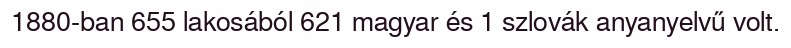
1880-ban 655 lakosából 621 magyar és 1 szlovák anyanyelvű volt.